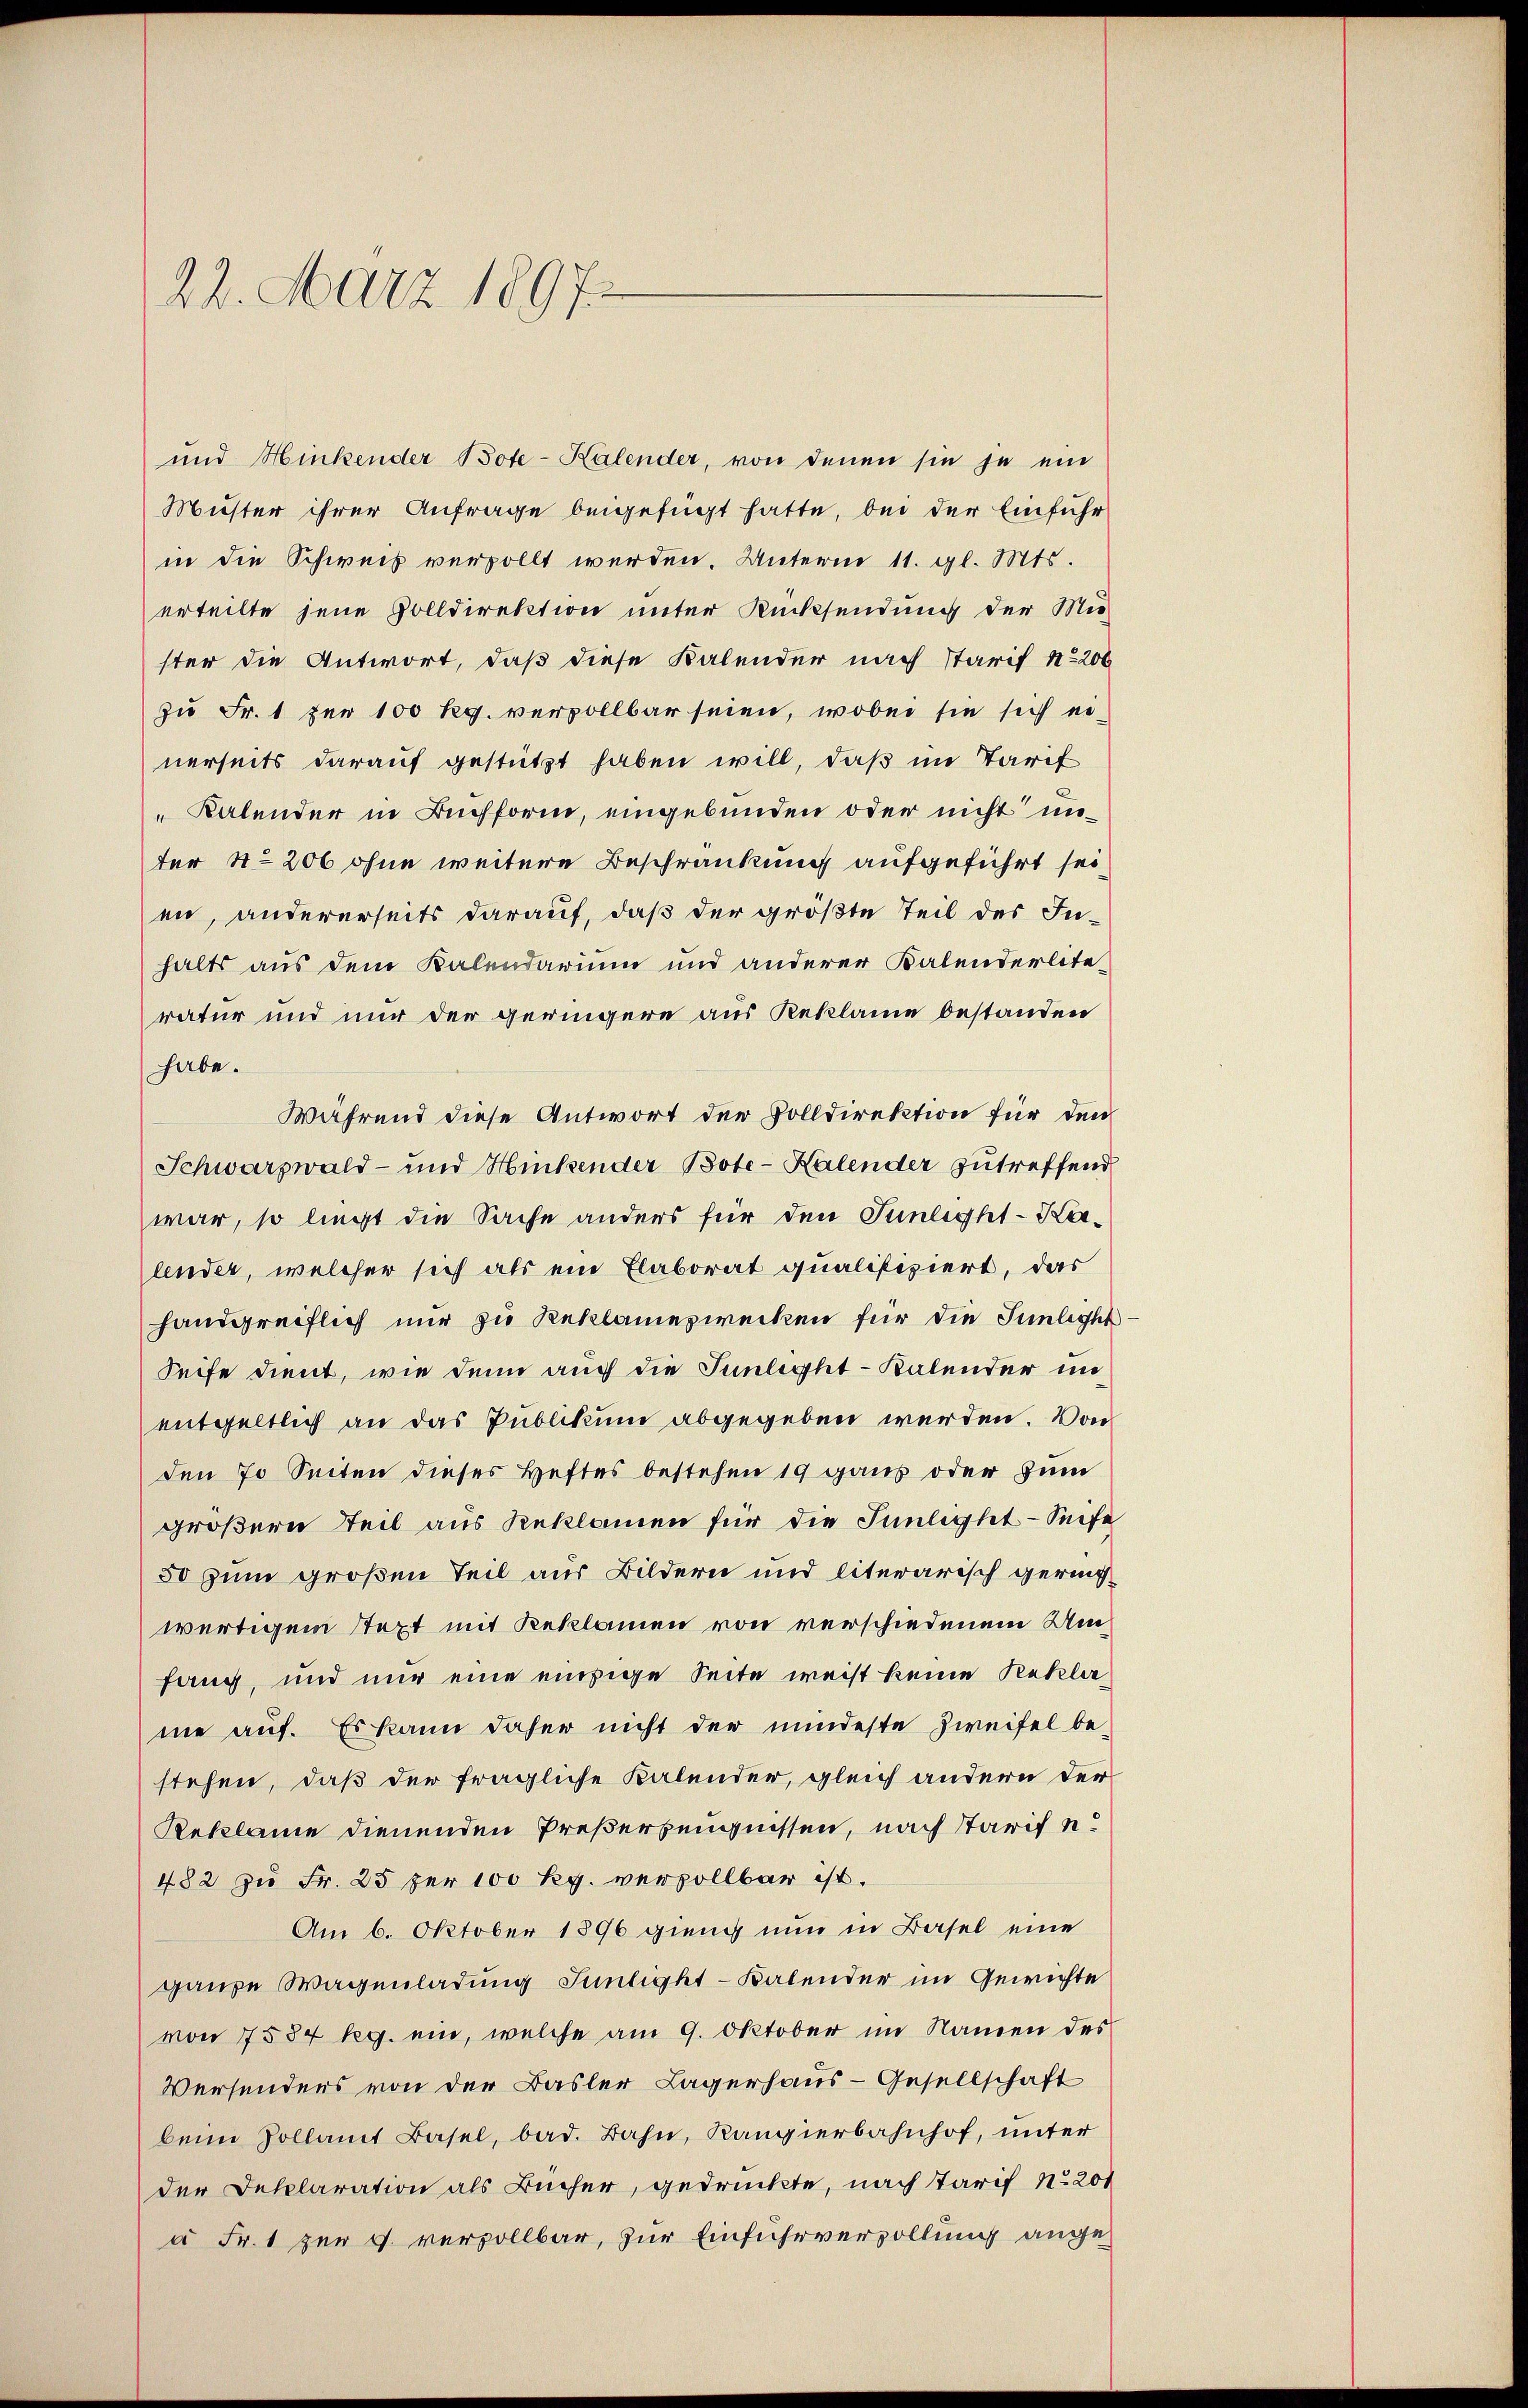
22. März 1897.

und Hinkender Bote-Kalender, von denen sie je ein
Muster ihrer Anfrage beigefügt hatte, bei der Einführ
in die Schweis versollt werden. Unterm 11. gl. Mts.
erteilte jene Volldirektion unter Rücksendung der Mit-
ster die Antwort, daß diese Kalender nach Starif No 206
zu Fr. 1 per 100 Rg. vervollbar seien, wobei sie sich ei
nerseits darauf gestützt haben will, daß im Tarif
" Kalender in Buchform, eingebunden oder nicht unter No 206 ohne weitere Beschränkung aufgeführt sei
en, andererseits darauf, daß der größte Teil des In-
halts aus dem Kalendarium und anderer Kalenderlite
ratur und nur der geringere aus Reklamie bestanden
habe.
Während diese Antwort der Volldirektion für den
Schwarzwald- und Hitzender Bote - Kalender zutreffend
war, so liegt die Sache anders für den Sünlight-Kaander, welcher sich als ein Elaborat qualifiziert, das
handgreiflich nur zu Reklamezwecken für die Junlicht
Seife dient, wie denn auch die Sünlight - Kalender unentgeltlich an das Publikum abgegeben werden. Von
den 70 Seiten dieses Heftes bestehen 19 gans oder zum
großern Teil aus Reklamien für die Junlight - Seife
50 zum großen Teil aus Bildern und literarisch gering
wärtigem Stext mit Reklamen von verschiedenem Umfang, und nur eine einzige Seite weis keine Reklame auf. Es kann daher nicht der mindeste Zweifel bestehen, daß der fragliche Kalender, gleich andern der
Reklamie dienenden Preßerzeugnissen, nach starif e¬
482 zu Fr. 25 per 100 kg. vervollbar ist.
Am 6. Oktober 1896 gieng nun in Basel eine
ganze Wagenladung Suntight-Katender im Gewichte
von 7584 kg. ein, welche am 9. Oktober im Namen des
Versendens von der Basler Lagerhaus-Gesellschaft
beim Zollamt Basel, bad. Bahn, Kangierbahnhof, unter
der Deklaration als Bücher, gedrückte, nach Tarif No 201
à Fr. 1 zur g verzollbar, zur Einfuhrverzollung ange¬